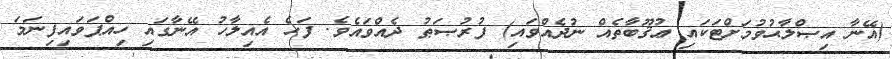
(އޭނާ އިޞްލާޙުވުމަށްޓަކައި ޢުޤޫބާތެއް ނުދެއްވައި) ފުރުޞަޠު ދެއްވައެވެ. ފަހެ އެއިލާހު އޭނާގައި ހިއްޕަވައިފިނަމަ